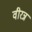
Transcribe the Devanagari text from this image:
वीरन्न